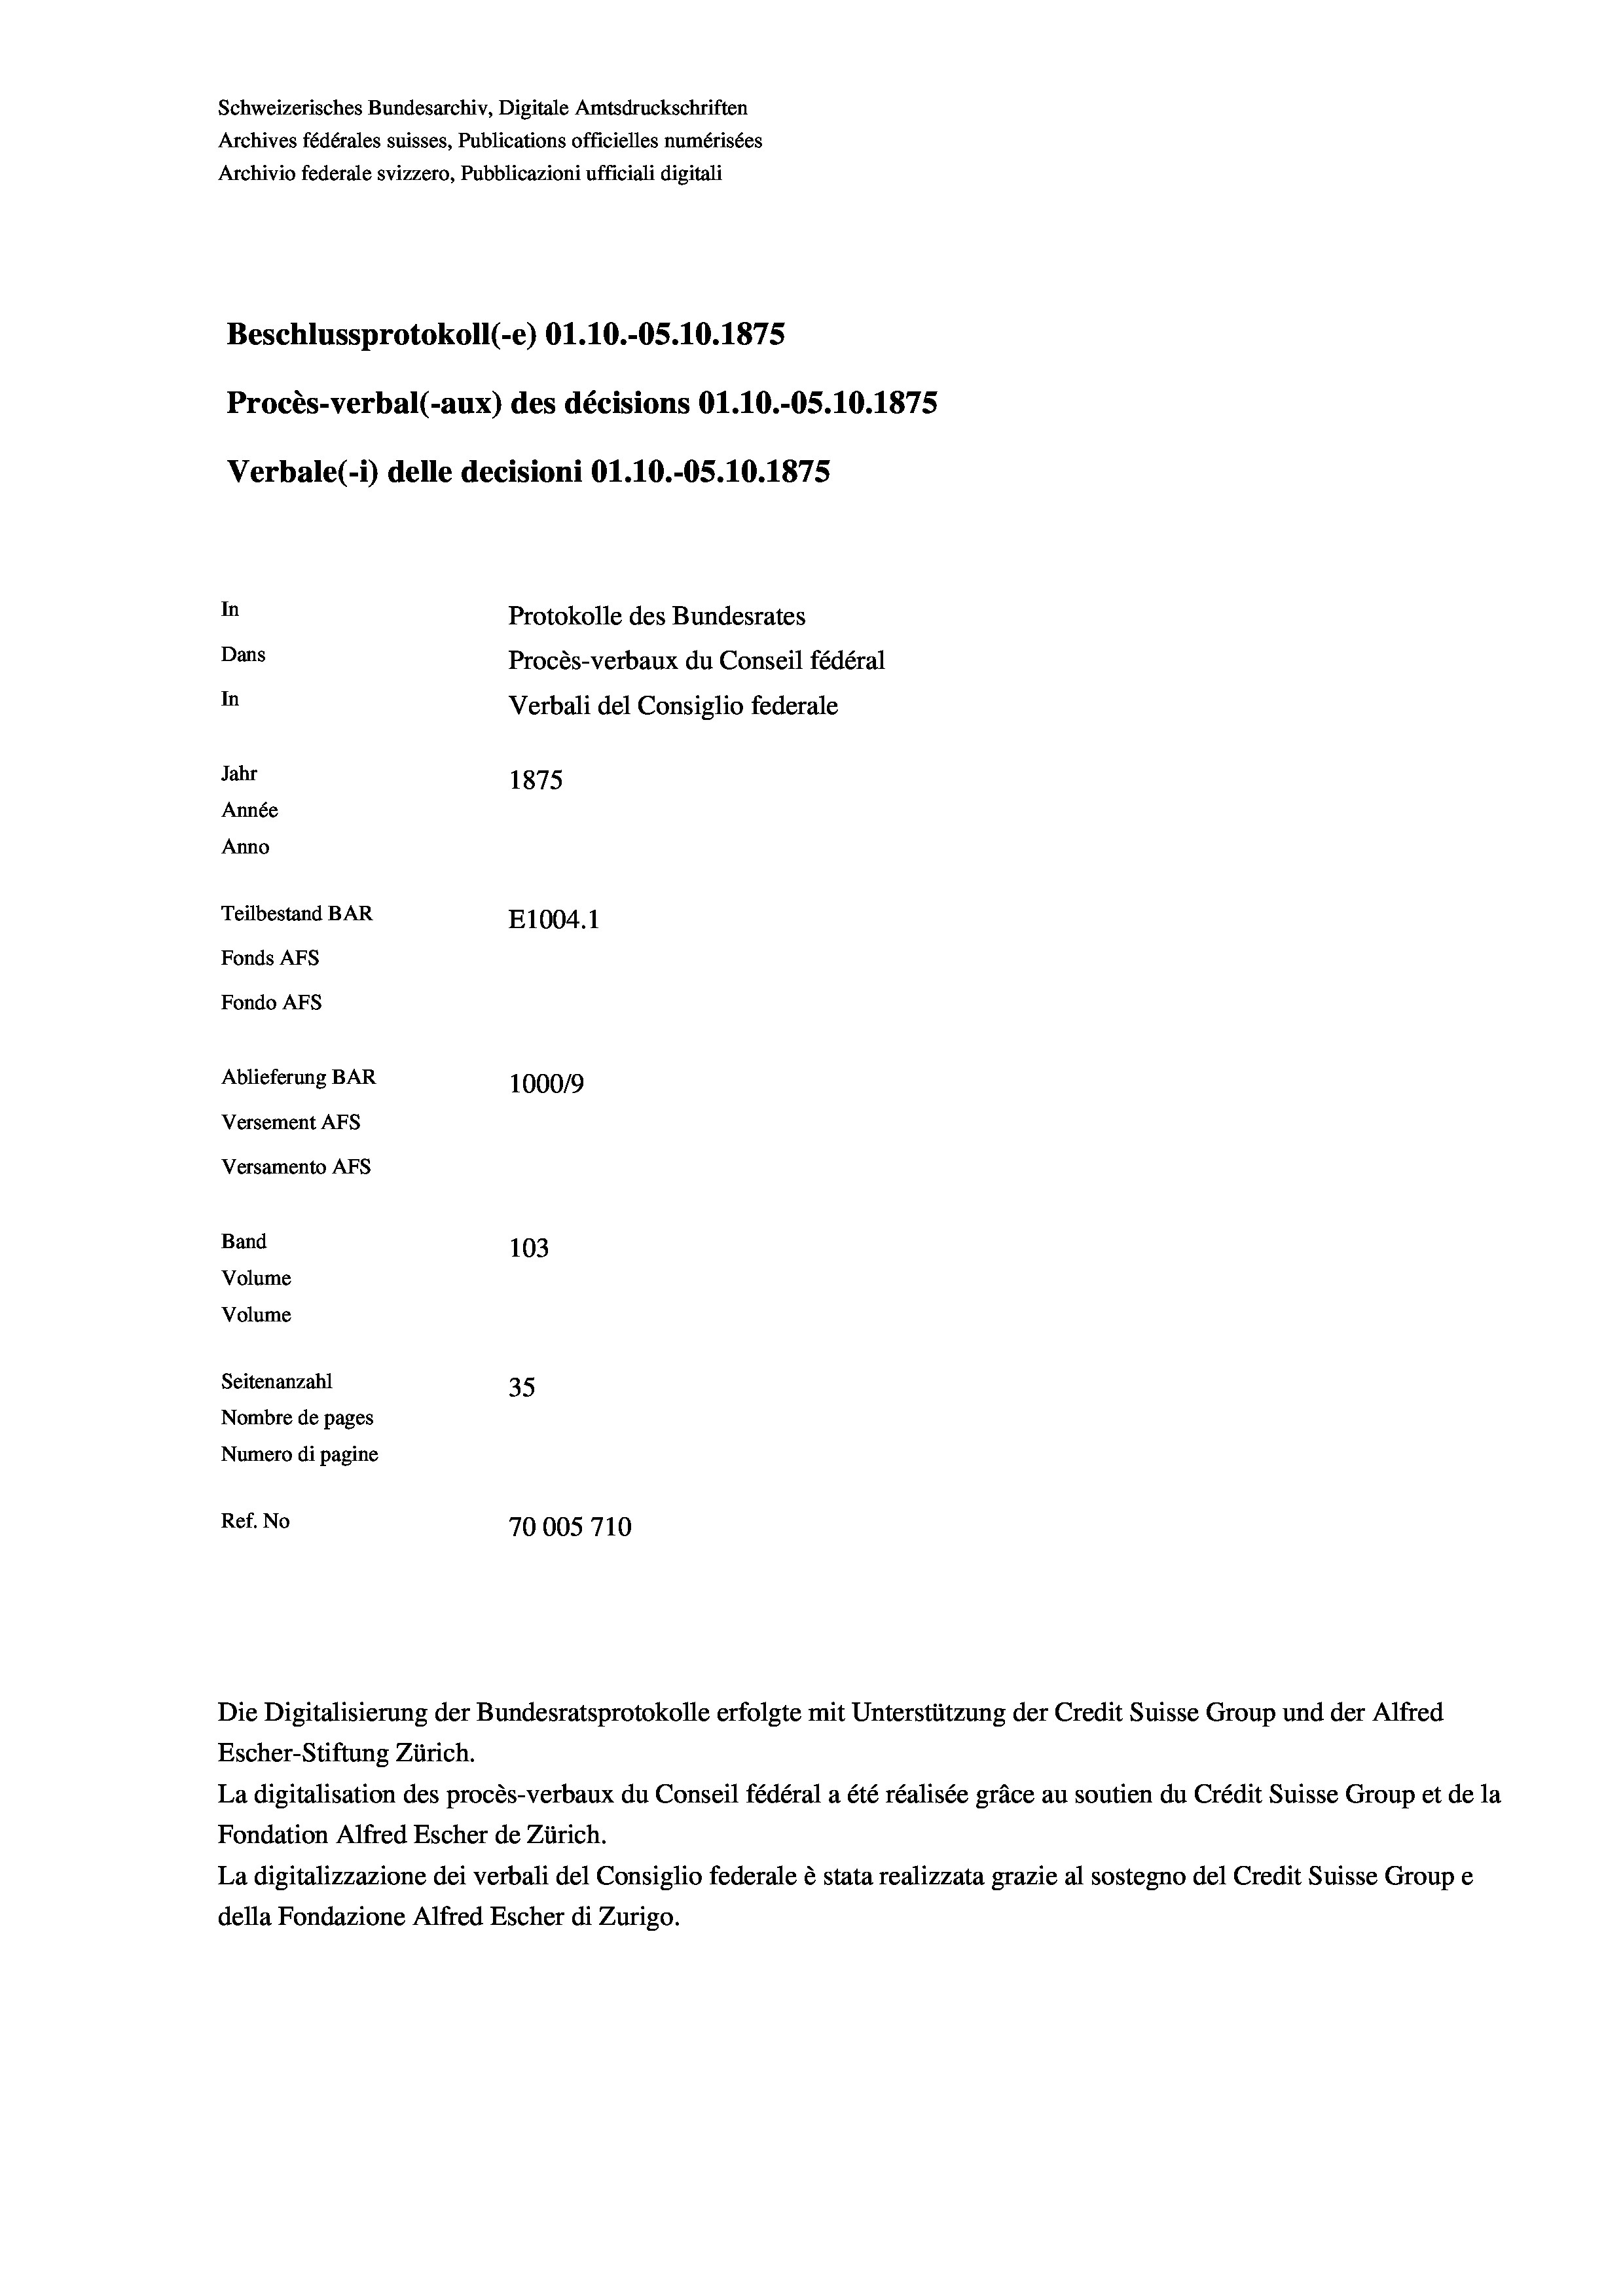
Schweizerisches Bundesarchiv, Digitale Amtsdruckschriften
Archives fédérales suisses, Publications officielles numérisées
Archivio federale svizzero, Pubblicazioni ufficiali digitali
Beschlussprotokoll (-e) O1.10.-OS.10.1875
Procès-verbal (-aux) des décisions O1.10.-OS.10.1875
Verbale(*) delle decisioni O1.10.-OS.10.1875
In
Protokolle des Bundesrates
Dans
Procès-verbaux du Conseil fédéral
In
Verbali del Consiglio federale
Jahr
1875
Année
Anno
Teilbestand BAR
E1004. 1
Fonds AFs
Fondo Afs
Ablieferung BAR
100019
Versement AFs
Versamento Afs
Band
103
Volume
Volume
Seitenanzahl
35
Nombre de pages
Numero di pagine
Ref. No
70005710

Escher-Stiftung Zürich.
La digitalisation des procès-verbaux du Conseil fédéral a été réalisée gräce au soutien du Crédit Suisse Group et de la
Fondation Alfred Escher de Zürich.
La digitalizzazione dei verbali del Consiglio federale è stata realizzata grazie al sostegno del Credit Suisse Groupe
della Fondazione Alfred Escher di Zurigo.

Die Digitalisierung der Bundesratsprotokolle erfolgte mit Unterstützung der Credit Suisse Group und der Alfred